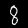
Label: 8